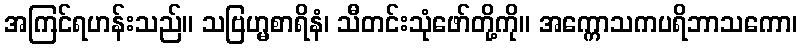
အကြင်ရဟန်းသည်။ သဗြဟ္မစာရိနံ၊ သီတင်းသုံဖော်တို့ကို။ အက္ကောသကပရိဘာသကော၊